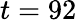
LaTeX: t=92